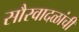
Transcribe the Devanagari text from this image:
सौरवादळांची